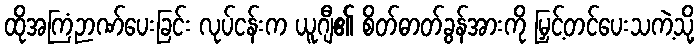
ထိုအကြံဉာဏ်ပေးခြင်း လုပ်ငန်းက ယူဂျီ၏ စိတ်ဓာတ်ခွန်အားကို မြှင့်တင်ပေးသကဲ့သို့